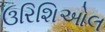
ઉરિશિઓલ